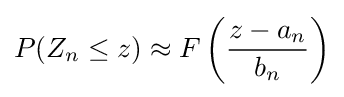
P(Z_{n}\leq z)\approx F\left({\frac {z-a_{n}}{b_{n}}}\right)